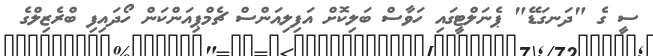
ސީ ގެ "ދަނގަޑޭ" ޕެނަލްޓީގައި ހަވާސް ބަލިކޮށް އަފިލިއަންސް ޗެމްޕިއަންކަން ހޯދައިފި ބްރެޒިލްގެ